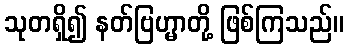
သုတရှိ၍ နတ်ဗြဟ္မာတို့ ဖြစ်ကြသည်။